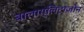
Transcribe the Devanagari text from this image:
बालाग्लिटाज़ोन